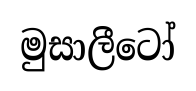
මුසාලීටෝ